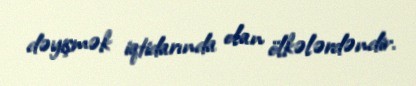
dəyişmək iqtidarında olan ölkələrdəndir.